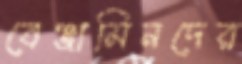
বেঞ্জামিনদের